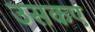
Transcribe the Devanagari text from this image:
उसकए